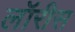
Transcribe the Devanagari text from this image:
लॉरीस